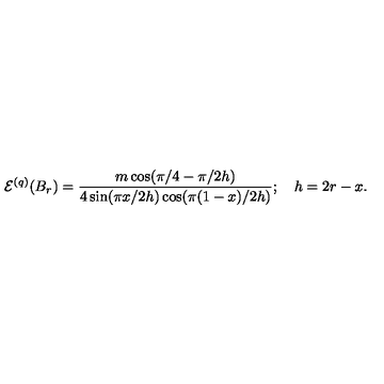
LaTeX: \mathcal { E } ^ { ( q ) } ( B _ { r } ) = \frac { m \cos ( \pi / 4 - \pi / 2 h ) } { 4 \sin ( \pi x / 2 h ) \cos ( \pi ( 1 - x ) / 2 h ) } ; \quad h = 2 r - x .